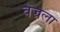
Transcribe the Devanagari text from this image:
वज्रला